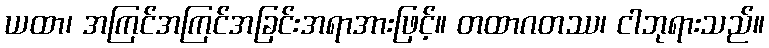
ယထာ၊ အကြင်အကြင်အခြင်းအရာအားဖြင့်။ တထာဂတဿ၊ ငါဘုရားသည်။